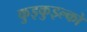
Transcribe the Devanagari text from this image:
कुइकुइल्को